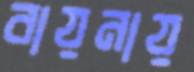
বায়নায়